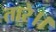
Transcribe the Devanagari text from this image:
तारे।।